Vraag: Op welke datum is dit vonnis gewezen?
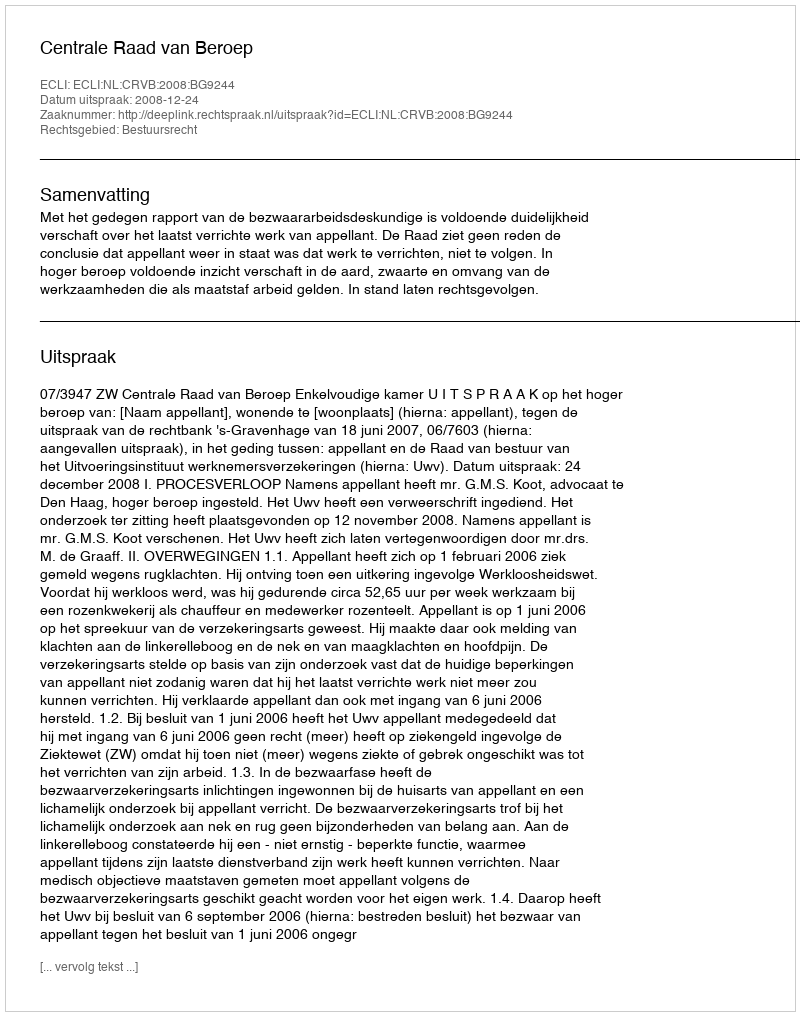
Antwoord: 2008-12-24